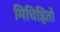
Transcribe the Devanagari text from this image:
मिचिहितो